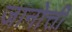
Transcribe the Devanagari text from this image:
जानोत्ती